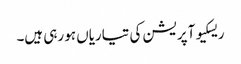
ریسکیو آپریشن کی تیاریاں ہو رہی ہیں۔